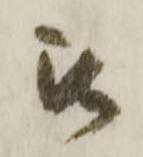
被